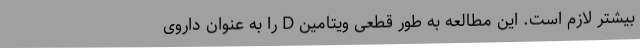
بیشتر لازم است. این مطالعه به طور قطعی ویتامین D را به عنوان داروی